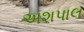
અશપાલ